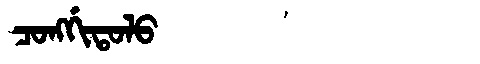
Manchu: ᠴᠣᠩᡤᡳᡨᠣᠯᠣ
Romanization: CONGGITOLO